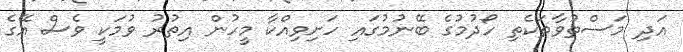
އަދި މަސްތުވާތަކެތި ހޯދުމުގެ ބޭނުމުގައި ހަށިވިއްކާ މީހުން އިތުރު ވުމަކީ ވެސް އޭގެ